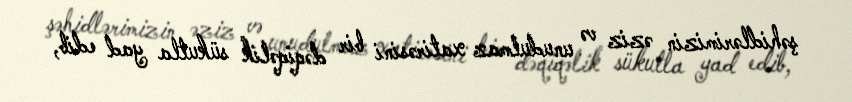
şəhidlərimizin əziz və unudulmaz xatirəsini bir dəqiqəlik sükutla yad edib,